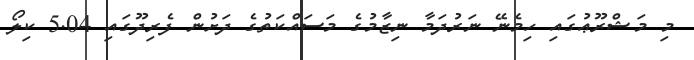
މި މަޝްރޫޢުގައި ހިމެނޭ ނަރުދަމާ ނިޒާމުގެ މަސައްކަތުގެ ދަށުން ފެރިދޫގައި 5.04 ކިލޯ